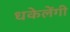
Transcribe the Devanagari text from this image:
धकेलेंगी